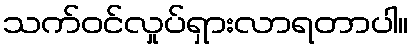
သက်ဝင်လှုပ်ရှားလာရတာပါ။